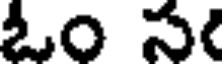
ఓం స